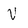
Character: V